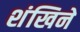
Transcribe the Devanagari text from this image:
शंखिने